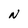
Character: N